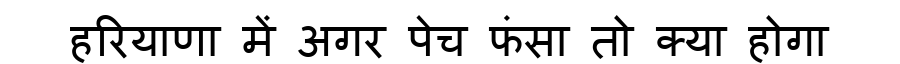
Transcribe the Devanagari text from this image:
हरियाणा में अगर पेच फंसा तो क्या होगा